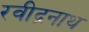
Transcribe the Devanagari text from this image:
रवीद्रनाथ